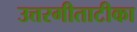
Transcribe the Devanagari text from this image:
उत्तरगीताटीका